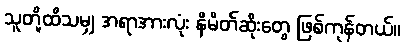
သူတို့ထိသမျှ အရာအားလုံး နိမိတ်ဆိုးတွေ ဖြစ်ကုန်တယ်။